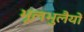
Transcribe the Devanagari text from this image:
भूलभुलैयों